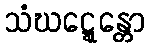
သံဃဋ္ဋေန္တော